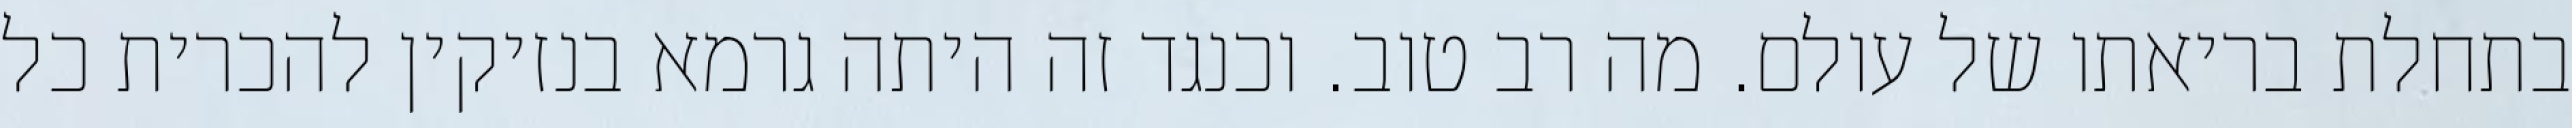
בתחלת בריאתו של עולם. מה רב טוב. וכנגד זה היתה גרמא בנזיקין להכרית כל